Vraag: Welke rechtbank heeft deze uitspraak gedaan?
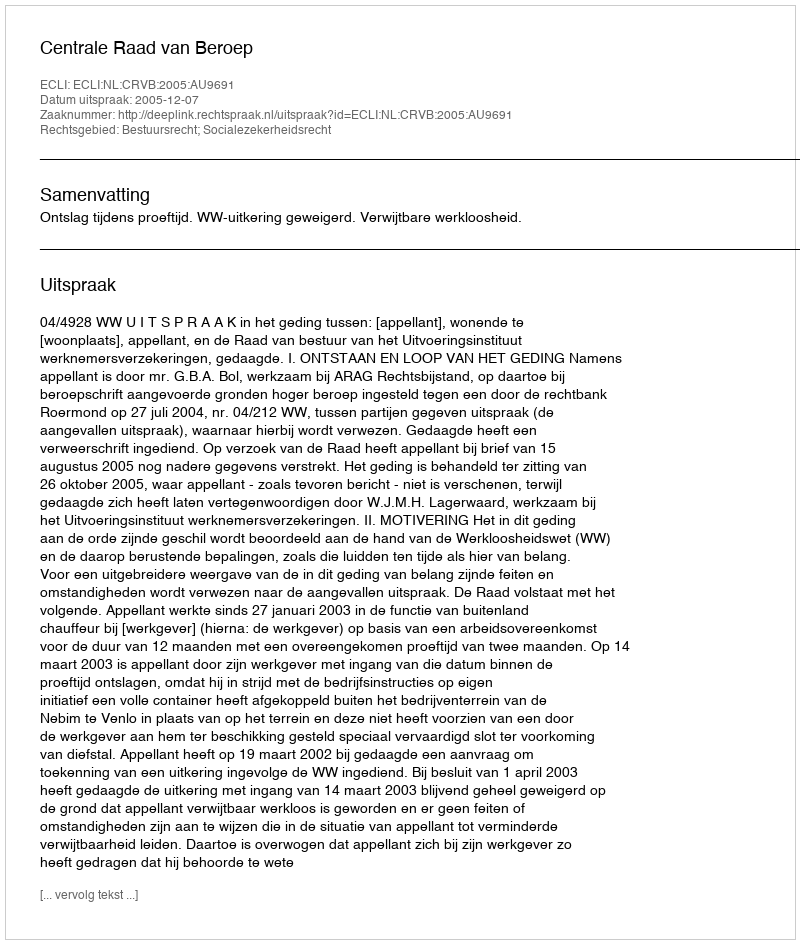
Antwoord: Centrale Raad van Beroep